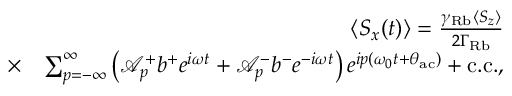
\begin{array} { r l r } & { } & { \langle S _ { x } ( t ) \rangle = \frac { \gamma _ { \mathrm { R b } } \langle S _ { z } \rangle } { 2 \Gamma _ { \mathrm { R b } } } } \\ & { \times } & { \sum _ { p = - \infty } ^ { \infty } \left( \mathcal { A } _ { p } ^ { + } b ^ { + } e ^ { i \omega t } + \mathcal { A } _ { p } ^ { - } b ^ { - } e ^ { - i \omega t } \right) e ^ { i p ( \omega _ { 0 } t + \theta _ { \mathrm { a c } } ) } + \mathrm { c . c . } , } \end{array}